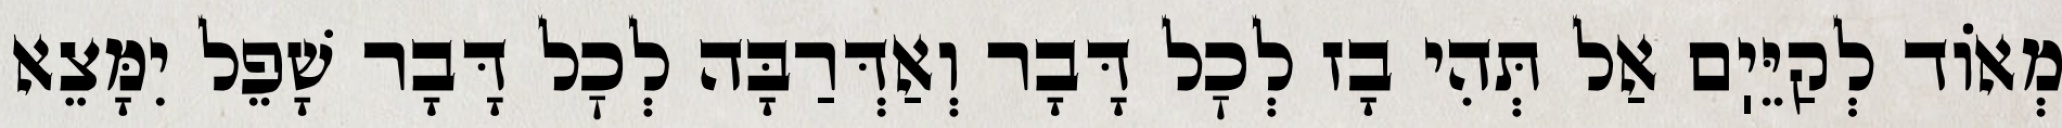
מְאוֹד לְקַיֵּיֽם אַל תְּהִי בָז לְכׇל דָּבָר וְאַדְּרַבָּה לְכׇל דָּבָר שָׁפֵל יִמָּצֵא